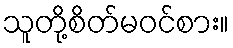
သူတို့စိတ်မဝင်စား။